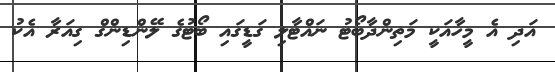
އަދި އެ މީހާއަކީ މަތިންދާބޯޓު ނައްޓާލި ގަޑީގައި ބޯޓުގެ ލޭންޑިންގް ގިއަރާ އެކު